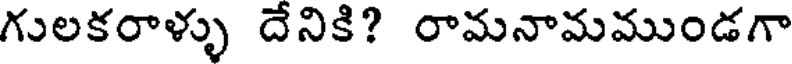
గులకరాళ్ళు దేనికి? రామనామముండగా